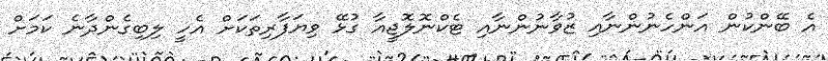
އެ ބޭންކުން އަންހެނުންނާއި ޒުވާނުންނާއި ޓެކްނޮލޮޖީއާ ގުޅޭ ވިޔަފާރިތަކަށް އެހީ ލިބިގެންދާނެ ކަމަށް